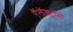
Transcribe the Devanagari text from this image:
ऍलॅक्ट्रॉनों